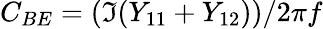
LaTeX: C_{BE}=(\Im(Y_{11}+Y_{12}))/2\pi f